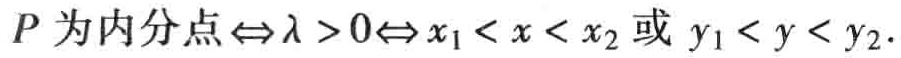
$P\text{ 为内分点}\Leftrightarrow\lambda > 0\Leftrightarrow x_{1}<x<x_{2}\text{ 或 }y_{1}<y<y_{2}.$